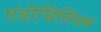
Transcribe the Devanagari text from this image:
एंडोथिलियम